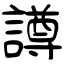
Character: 譐